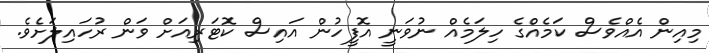
މިއިން އެއްވެސް ކަމެއްގެ ހިލަމެއް ނުވަނީ އޮފީހުން އައިސް ކޮޓަރިއަށް ވަން ރުހައިލަށެވެ.